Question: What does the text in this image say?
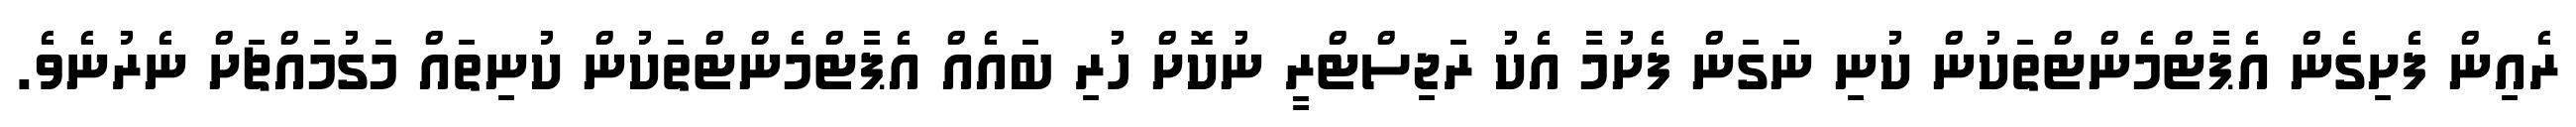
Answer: ރެއިން ފެށިގެން އެޕާޓްމެންޓްތަކުން ކުނި ނަގަން ފެށުމާ އެކު ރަޖިސްޓްރީ ނުކޮށް ހުރި ބައެއް އެޕާޓްމެންޓްތަކުން ކުނިތައް މަގުމައްޗަށް ނެރުނެވެ.